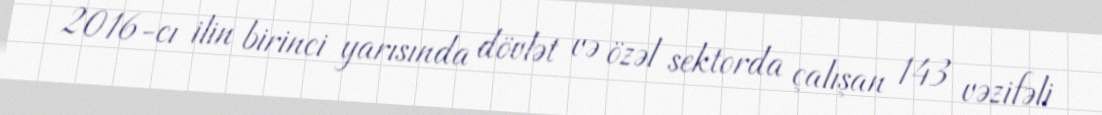
2016-cı ilin birinci yarısında dövlət və özəl sektorda çalışan 143 vəzifəli